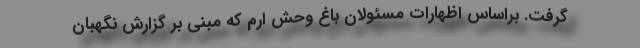
گرفت. براساس اظهارات مسئولان باغ‌ وحش ارم که مبنی بر گزارش نگهبان